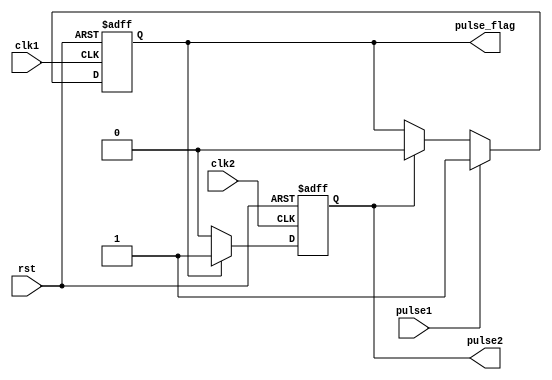
`timescale 1ns / 1ps
//////////////////////////////////////////////////////////////////////////////////
// Company: 
// Engineer: 
// 
// Design Name: 
// Module Name:    clk_pulse_shift 
// Project Name: 
// Target Devices: 
// Tool versions: 
// Description: 
//
// Dependencies: 
//
// Revision: 
// Revision 0.01 - File Created
// Additional Comments: 
//
//////////////////////////////////////////////////////////////////////////////////
module clk_pulse_shift(
    input wire rst,
    input wire clk1, //higher frequency clock
    input wire clk2, //lower frequency clock
    input wire pulse1, //input pulse synchronized by clk1 (one clock cycle)
    output reg pulse2, //output pulse synchronized by clk2 (one clock cycle)
    output reg pulse_flag //pulse ahead
    );

// reg pulse_flag;
always @(posedge clk1 or posedge rst) begin
    if (rst) begin
        pulse_flag <= 0;
    end
    else if (pulse1) begin
        pulse_flag <= 1;
    end
    else if (pulse2) begin
        pulse_flag <= 0;
    end
end

always @(posedge clk2 or posedge rst) begin
    if (rst) begin
        pulse2 <= 0;
    end
    else begin
        if (pulse_flag) begin
            pulse2 <= 1;
        end
        else begin
            pulse2 <= 0;
        end
    end
end

endmodule